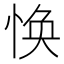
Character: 𢚾